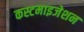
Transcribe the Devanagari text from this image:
कस्टमाइजेशन